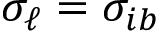
\sigma _ { \ell } = \sigma _ { i b }